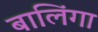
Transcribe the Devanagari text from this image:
बालिंगा